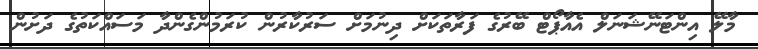
މާލޭ އިންޓަނޭޝަނަލް އެއާޕޯޓް ބޭރުގެ ފަރާތަކަށް ދިނުމަށް ސަރުކާރުން ކުރަމުންގެންދާ މަސައްކަތުގެ ދަށުން